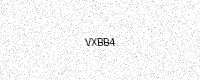
Text: VXBB4